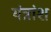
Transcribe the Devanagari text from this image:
यंत्रांश